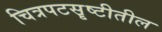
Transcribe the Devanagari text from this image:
चित्रपटसॄष्टीतील